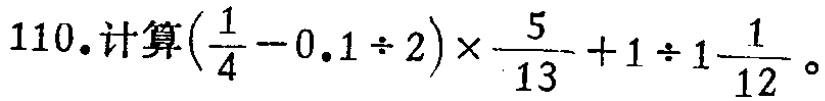
$110.计算\left(\dfrac{1}{4}-0.1\div 2\right)\times\dfrac{5}{13}+1\div 1\dfrac{1}{12}。$